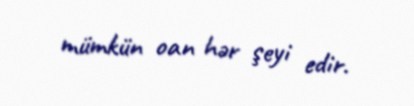
mümkün oan hər şeyi edir.